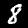
Digit: 8